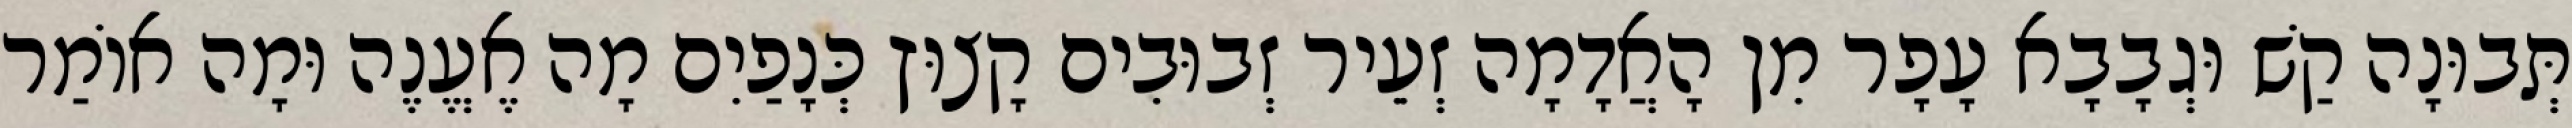
תְּבוּנָה קַשׁ וּגְבָבָא עָפָר מִן הָאֲדָמָה זְעֵיר זְבוּבִים קָצוּץ כְּנָפַיִם מָה אֶעֱנֶה וּמָה אוֹמַר